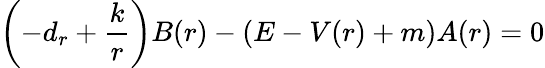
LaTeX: \left(-d_{r}+\frac kr\right)B(r)-(E-V(r)+m)A(r)=0